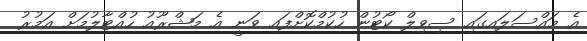
އެ މައްސަލައިގައި ސިވިލް ކޯޓުން ހުކުމްކޮށްފައި ވަނީ އެ މަޝްރޫއު ހުއްޓާލުމަށް އަމުރު